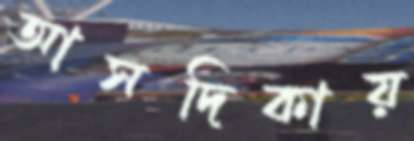
আসদিকায়